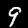
Digit: 9